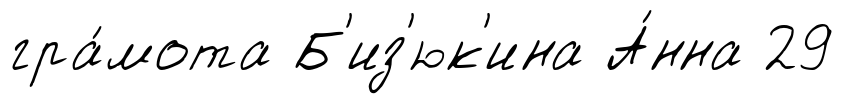
гра́мота Б'из'юк'ина А́нна 29